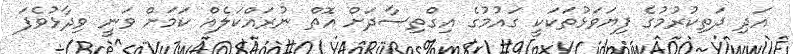
އަދި ދަތިކުރުމުގެ ފިޔަވަޅުތަކަކީ ގައުމުގެ އިގްތިސާދަށް އޮތް ނުރައްކަލެއް ކަމަށް ވަނީ ވިދާޅުވެފަ